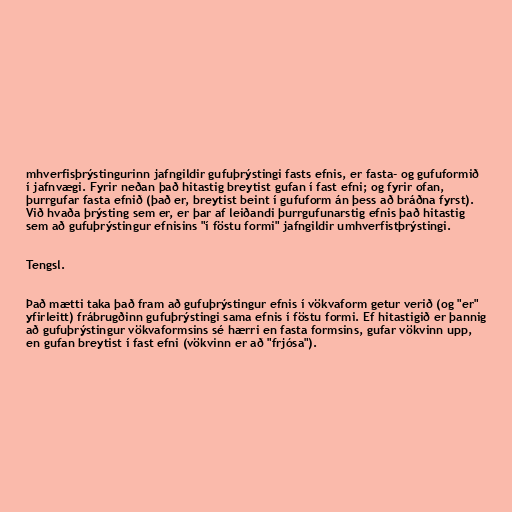
mhverfisþrýstingurinn jafngildir gufuþrýstingi fasts efnis, er fasta- og gufuformið
í jafnvægi. Fyrir neðan það hitastig breytist gufan í fast efni; og fyrir ofan,
þurrgufar fasta efnið (það er, breytist beint í gufuform án þess að bráðna fyrst).
Við hvaða þrýsting sem er, er þar af leiðandi þurrgufunarstig efnis það hitastig
sem að gufuþrýstingur efnisins "í föstu formi" jafngildir umhverfistþrýstingi.

Tengsl.

Það mætti taka það fram að gufuþrýstingur efnis í vökvaform getur verið (og "er"
yfirleitt) frábrugðinn gufuþrýstingi sama efnis í föstu formi. Ef hitastigið er þannig
að gufuþrýstingur vökvaformsins sé hærri en fasta formsins, gufar vökvinn upp,
en gufan breytist í fast efni (vökvinn er að "frjósa").